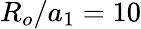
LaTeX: R_{o}/a_{1}=10